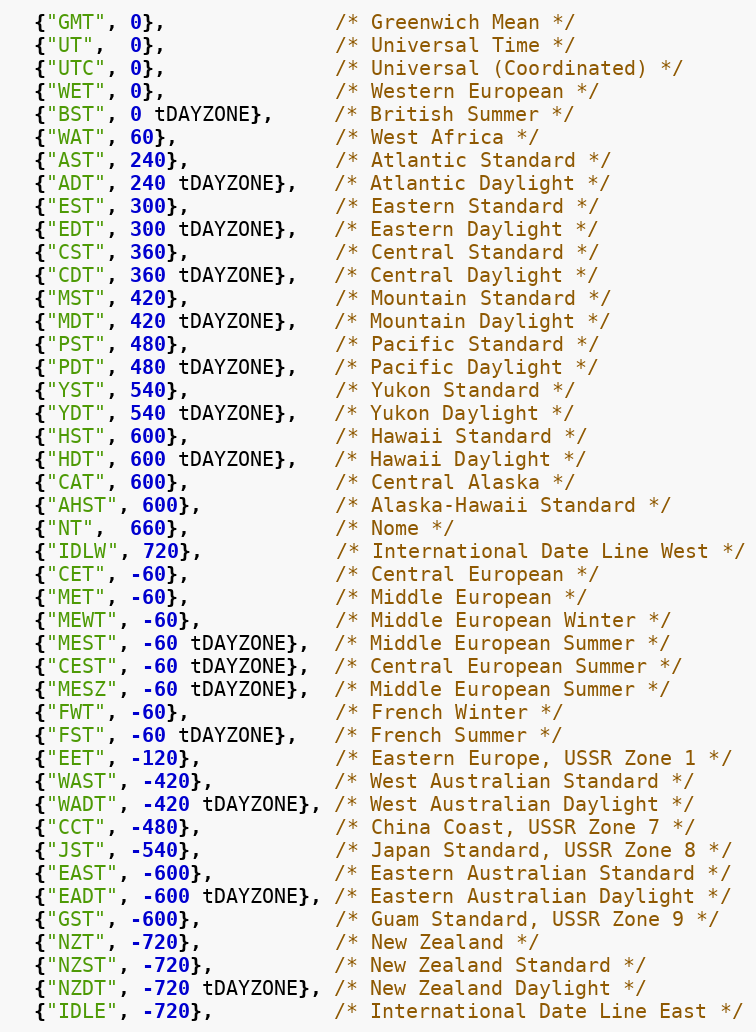
Language: C
  {"GMT", 0},              /* Greenwich Mean */
  {"UT",  0},              /* Universal Time */
  {"UTC", 0},              /* Universal (Coordinated) */
  {"WET", 0},              /* Western European */
  {"BST", 0 tDAYZONE},     /* British Summer */
  {"WAT", 60},             /* West Africa */
  {"AST", 240},            /* Atlantic Standard */
  {"ADT", 240 tDAYZONE},   /* Atlantic Daylight */
  {"EST", 300},            /* Eastern Standard */
  {"EDT", 300 tDAYZONE},   /* Eastern Daylight */
  {"CST", 360},            /* Central Standard */
  {"CDT", 360 tDAYZONE},   /* Central Daylight */
  {"MST", 420},            /* Mountain Standard */
  {"MDT", 420 tDAYZONE},   /* Mountain Daylight */
  {"PST", 480},            /* Pacific Standard */
  {"PDT", 480 tDAYZONE},   /* Pacific Daylight */
  {"YST", 540},            /* Yukon Standard */
  {"YDT", 540 tDAYZONE},   /* Yukon Daylight */
  {"HST", 600},            /* Hawaii Standard */
  {"HDT", 600 tDAYZONE},   /* Hawaii Daylight */
  {"CAT", 600},            /* Central Alaska */
  {"AHST", 600},           /* Alaska-Hawaii Standard */
  {"NT",  660},            /* Nome */
  {"IDLW", 720},           /* International Date Line West */
  {"CET", -60},            /* Central European */
  {"MET", -60},            /* Middle European */
  {"MEWT", -60},           /* Middle European Winter */
  {"MEST", -60 tDAYZONE},  /* Middle European Summer */
  {"CEST", -60 tDAYZONE},  /* Central European Summer */
  {"MESZ", -60 tDAYZONE},  /* Middle European Summer */
  {"FWT", -60},            /* French Winter */
  {"FST", -60 tDAYZONE},   /* French Summer */
  {"EET", -120},           /* Eastern Europe, USSR Zone 1 */
  {"WAST", -420},          /* West Australian Standard */
  {"WADT", -420 tDAYZONE}, /* West Australian Daylight */
  {"CCT", -480},           /* China Coast, USSR Zone 7 */
  {"JST", -540},           /* Japan Standard, USSR Zone 8 */
  {"EAST", -600},          /* Eastern Australian Standard */
  {"EADT", -600 tDAYZONE}, /* Eastern Australian Daylight */
  {"GST", -600},           /* Guam Standard, USSR Zone 9 */
  {"NZT", -720},           /* New Zealand */
  {"NZST", -720},          /* New Zealand Standard */
  {"NZDT", -720 tDAYZONE}, /* New Zealand Daylight */
  {"IDLE", -720},          /* International Date Line East */